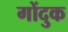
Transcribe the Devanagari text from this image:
गोंदुक